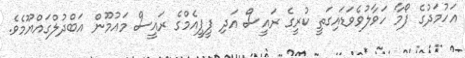
އަހުމަދުގެ ފޯމާ ހަވާލުވެވަޑައިގަތީ ކުރީގެ ރައީސް އަދި ޕީޕީއެމްގެ ރައީސް މައުމޫން އަބްދުލްގައްޔޫމެވެ.